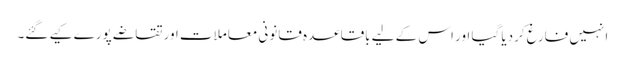
انہیں فارغ کردیا گیا اور اس کے لیے باقاعدہ قانونی معاملات اور تقاضے پورے کیے گئے۔